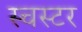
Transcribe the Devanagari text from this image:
स्चस्टर